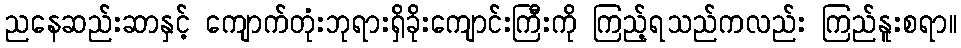
ညနေဆည်းဆာနှင့် ကျောက်တုံးဘုရားရှိခိုးကျောင်းကြီးကို ကြည့်ရသည်ကလည်း ကြည်နူးစရာ။